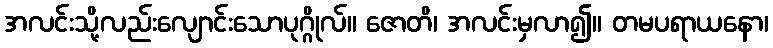
အလင်းသို့လည်းလျောင်းသောပုဂ္ဂိုလ်။ ဇောတိ၊ အလင်းမှလာ၍။ တမပရာယနော၊